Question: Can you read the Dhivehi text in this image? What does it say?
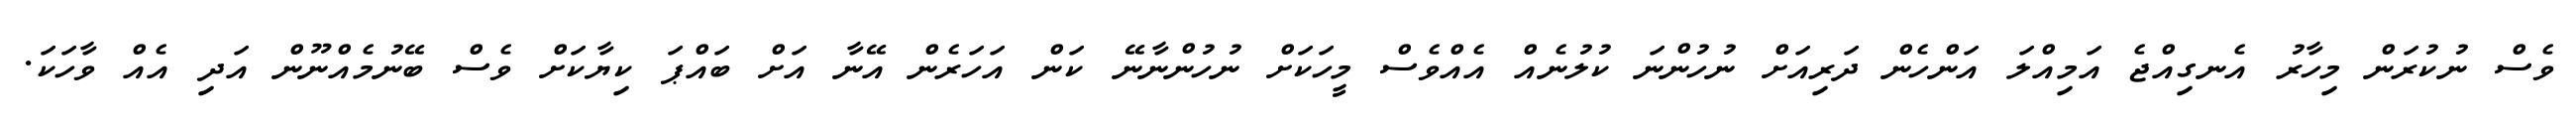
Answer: ވެސް ނުކުރަން މިހާރު އެނގިއްޖެ އަމިއްލަ އަންހެން ދަރިއަށް ނުހުންނަ ކުލުނެއް އެއްވެސް މީހަކަށް ނުހުންނާނޭ ކަން އަހަރެން އޭނާ އަށް ބައްޕަ ކިޔާކަށް ވެސް ބޭނުމެއްނޫން އަދި އެއް ވާހަކަ.